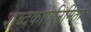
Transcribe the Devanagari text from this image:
शब्दकोषनिर्मिती